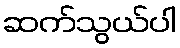
ဆက်သွယ်ပါ